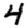
Digit: 4